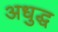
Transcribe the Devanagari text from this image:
अधुद्ध